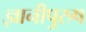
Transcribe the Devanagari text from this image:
ज्ञानीपुरुष